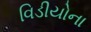
વિડીયોના